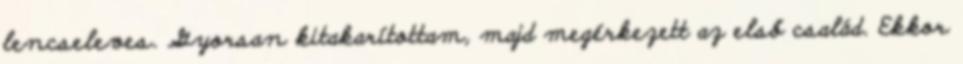
lencseleves. Gyorsan kitakarítottam, majd megérkezett az első család. Ekkor